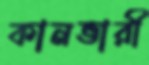
কানভারী